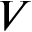
V